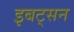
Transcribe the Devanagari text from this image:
इबट्सन